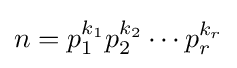
n=p_{1}^{k_{1}}p_{2}^{k_{2}}\cdots p_{r}^{k_{r}}